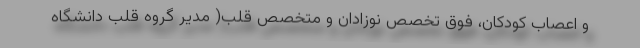
و اعصاب کودکان، فوق تخصص نوزادان و متخصص قلب( مدیر گروه قلب دانشگاه